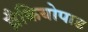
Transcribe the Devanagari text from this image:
ब्रैकियोपाड